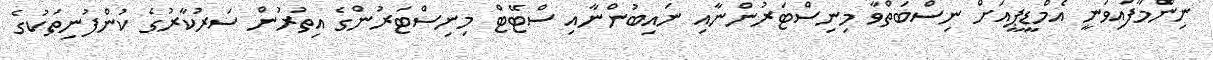
ނިންމާފައިވަނީ އެމްޑީޕީއަށް ނިސްބަތްވާ މިނިސްޓަރުންނާއި ނައިބުންނާއި ސްޓޭޓް މިނިސްޓަރުންގެ އިތުރުން ސަރުކާރުގެ ކުންފުނިތަކުގެ